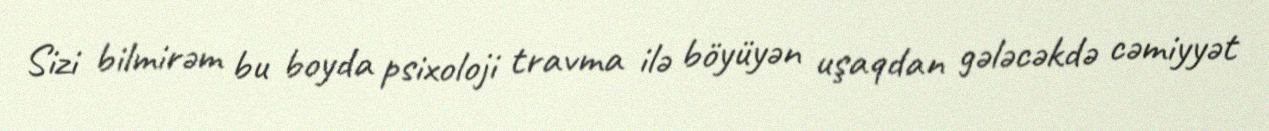
Sizi bilmirəm bu boyda psixoloji travma ilə böyüyən uşaqdan gələcəkdə cəmiyyət